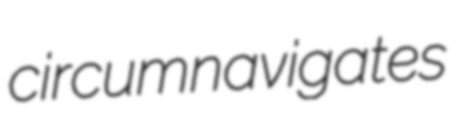
circumnavigates